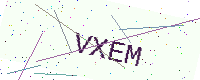
Text: VXEM